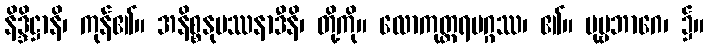
နိဒ္ဒိဋ္ဌာနိ၊ ကုန်၏။ အနိစ္စနုပဿနာဒီနိ၊ တို့ကို။ လောကုတ္တရမဂ္ဂဿ၊ ၏။ ပုဗ္ဗဘာဂေ၊ ၌။